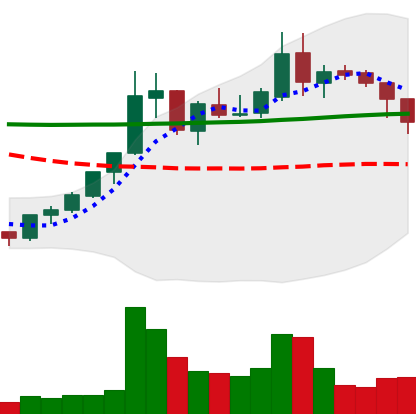
Ticker: XLM-USD
Chart end date: 2018-07-31
Forward return: -12.155%
Label: down_7plus